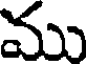
ము